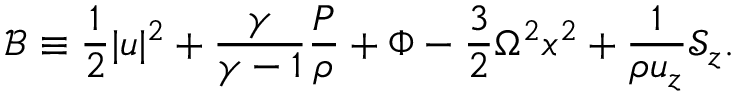
\mathcal { B } \equiv \frac { 1 } { 2 } | \boldsymbol { u } | ^ { 2 } + \frac { \gamma } { \gamma - 1 } \frac { P } { \rho } + \Phi - \frac { 3 } { 2 } \Omega ^ { 2 } x ^ { 2 } + \frac { 1 } { \rho u _ { z } } \mathcal { S } _ { z } .